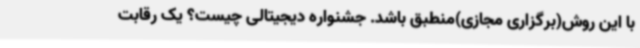
با این روش(برگزاری مجازی)منطبق باشد. جشنواره دیجیتالی چیست؟ یک رقابت